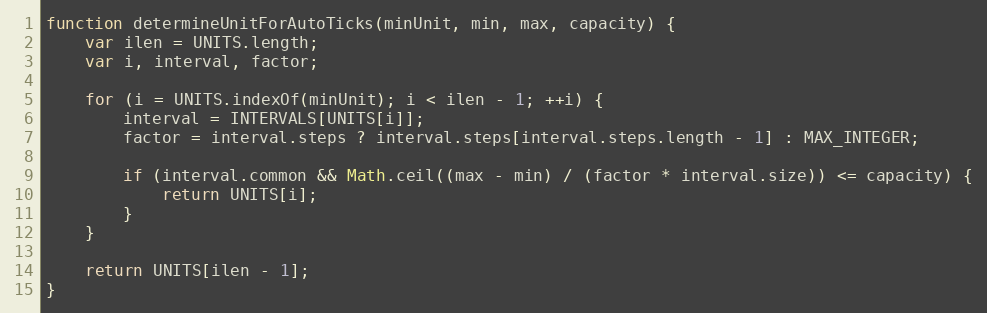
Language: JavaScript
function determineUnitForAutoTicks(minUnit, min, max, capacity) {
	var ilen = UNITS.length;
	var i, interval, factor;

	for (i = UNITS.indexOf(minUnit); i < ilen - 1; ++i) {
		interval = INTERVALS[UNITS[i]];
		factor = interval.steps ? interval.steps[interval.steps.length - 1] : MAX_INTEGER;

		if (interval.common && Math.ceil((max - min) / (factor * interval.size)) <= capacity) {
			return UNITS[i];
		}
	}

	return UNITS[ilen - 1];
}